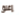
إغلق